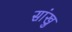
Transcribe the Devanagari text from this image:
सांखु